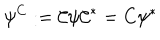
\psi ^ { C } : = \mathcal { C } \psi \mathcal { C } ^ { * } = C \psi ^ { * }